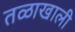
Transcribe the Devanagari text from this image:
तळाखाली